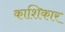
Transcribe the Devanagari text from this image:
काशिकार